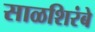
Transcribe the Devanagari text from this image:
साळशिरंबे